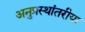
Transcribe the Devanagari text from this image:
अनुप्रस्थांतरीया